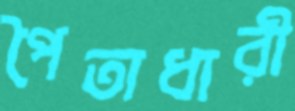
পৈতাধারী